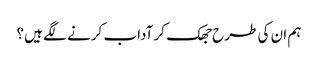
ہم ان کی طرح جھک کر آداب کرنے لگے ہیں؟